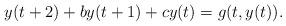
LaTeX: \begin{align*}y(t+2)+by(t+1)+cy(t)=g(t,y(t)).\end{align*}